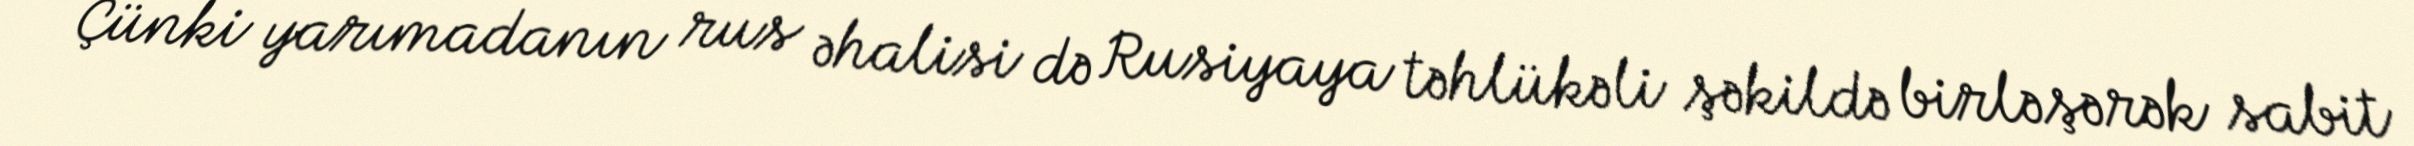
Çünki yarımadanın rus əhalisi də Rusiyaya təhlükəli şəkildə birləşərək sabit